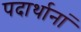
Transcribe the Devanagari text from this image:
पदार्थानां